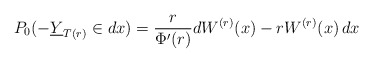
\begin{align*}P_0(-\underline{Y}_{T(r)}\in dx) =\frac{r}{\Phi'(r)}dW^{(r)}(x)-rW^{(r)}(x)\,dx\end{align*}